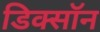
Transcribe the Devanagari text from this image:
डिक्साॅन